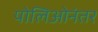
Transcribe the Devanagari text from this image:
पोलिओनंतर